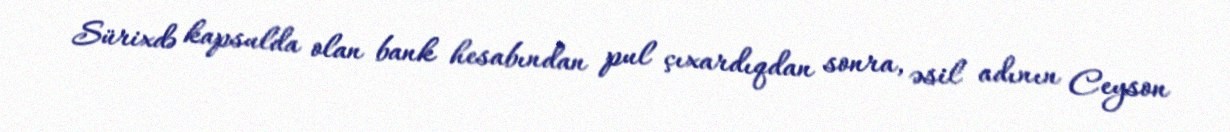
Sürixdə kapsulda olan bank hesabından pul çıxardıqdan sonra, əsil adının Ceyson